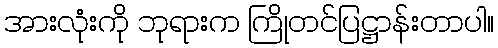
အားလုံးကို ဘုရားက ကြိုတင်ပြဋ္ဌာန်းတာပါ။